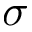
\sigma